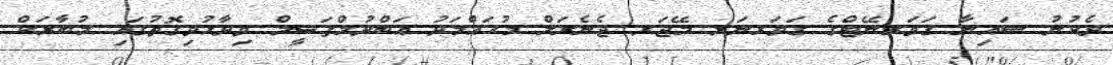
ދެކުނު ސައިނާ ގަވަރނޭޓްގެ ގަވަރނަރ މޭޖަރ ޖެނެރަލް މުޙައްމަދު ޢަބްދުލްފަޟީލް ވިދާޅުވިގޮތުގައި މުބާރަކް